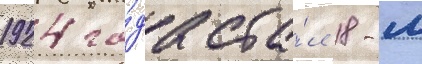
1924 го́да ста́л 18-м